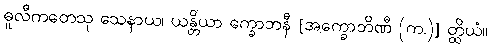
ဓူလီကတေသု သေနာယ၊ ယန္တိယာ က္ခောဘနီ [အက္ခောဘိဏီ (က.)] တ္ထိယံ။